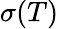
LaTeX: \sigma(T)